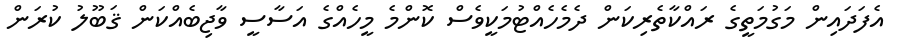
އެފަދައިން މަގުމަތީގެ ރައްކާތެރިކަން ދެމެހެއްޓުމަކީވެސް ކޮންމެ މީހެއްގެ އަސާސީ ވާޖިބެއްކަން ޤަބޫލު ކުރަން